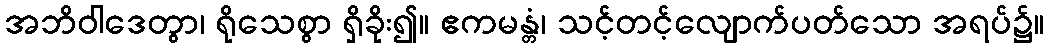
အဘိဝါဒေတွာ၊ ရိုသေစွာ ရှိခိုး၍။ ဧကမန္တံ၊ သင့်တင့်လျောက်ပတ်သော အရပ်၌။